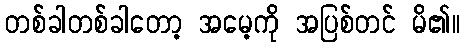
တစ်ခါတစ်ခါတော့ အမေ့ကို အပြစ်တင် မိ၏။